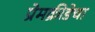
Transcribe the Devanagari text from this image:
प्रेमक्रीडेचा